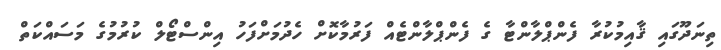
ތިނަދޫގައި ޤާއިމުކުރާ ފެންޕްލާންޓާ ގެ ފެންޕްލާންޓެއް ފަރުމާކޮށް ހެދުމަށްފަހު އިންސްޓޯލް ކުރުމުގެ މަސައްކަތް